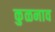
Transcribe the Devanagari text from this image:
कुळनाव